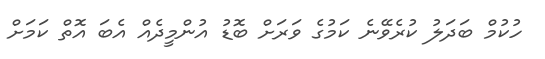
ހުކުމް ބަދަލު ކުރެވޭނެ ކަމުގެ ވަރަށް ބޮޑު އުންމީދެއް އެބަ އޮތް ކަމަށް